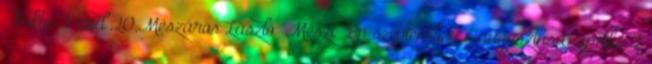
kukta Pánd 20,Mészáros László Mészi Bp szeptember 7 augusztus 6 április 2